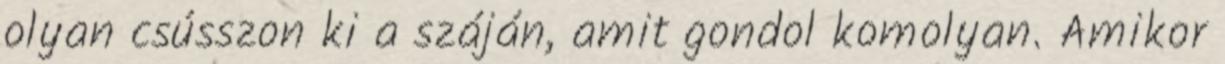
olyan csússzon ki a száján, amit gondol komolyan. Amikor